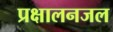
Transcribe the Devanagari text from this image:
प्रक्षालनजल